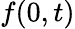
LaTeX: f(0,t)